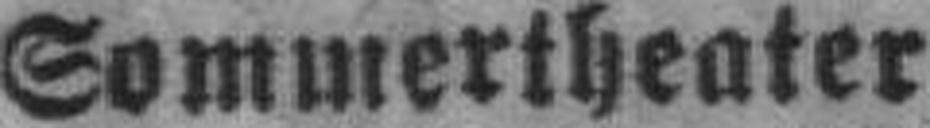
Sommertheater